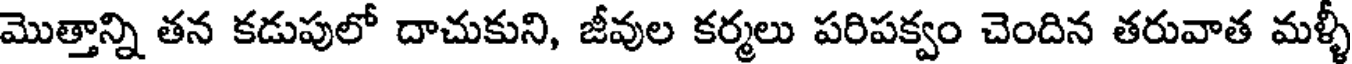
మొత్తాన్ని తన కడుపులో దాచుకుని, జీవుల కర్మలు పరిపక్వం చెందిన తరువాత మళ్ళీ